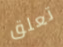
تعلق